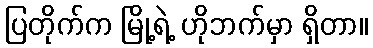
ပြတိုက်က မြို့ရဲ့ ဟိုဘက်မှာ ရှိတာ။